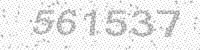
Solution: 561537